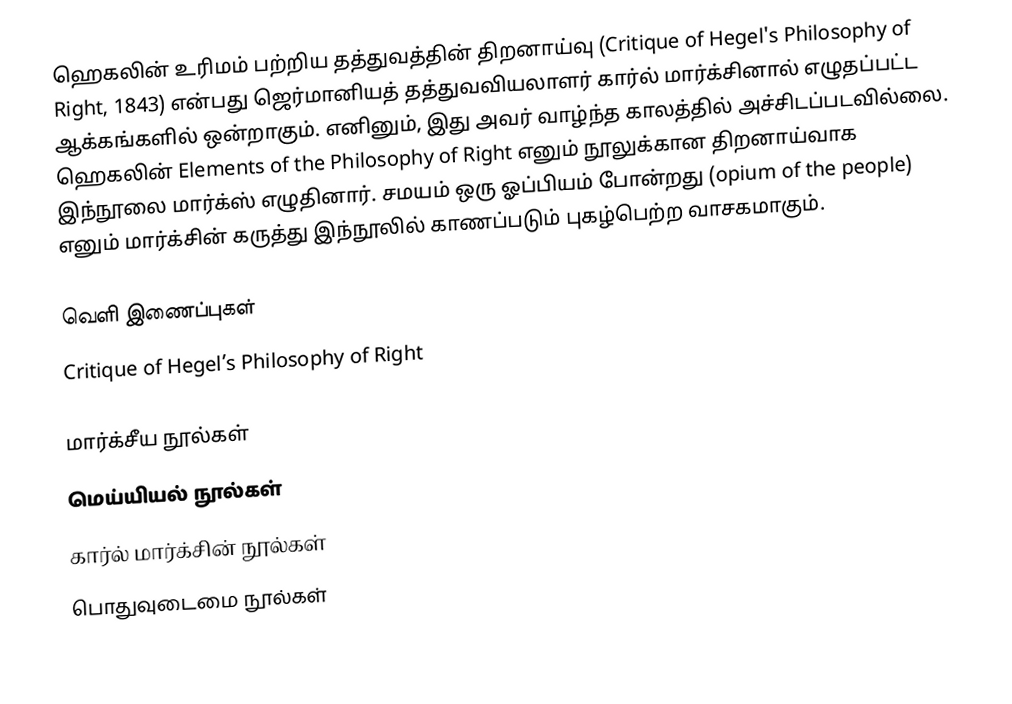
ஹெகலின் உரிமம் பற்றிய தத்துவத்தின் திறனாய்வு (Critique of Hegel's Philosophy of Right, 1843) என்பது ஜெர்மானியத்  தத்துவவியலாளர் கார்ல் மார்க்சினால் எழுதப்பட்ட ஆக்கங்களில் ஒன்றாகும். எனினும், இது அவர் வாழ்ந்த காலத்தில் அச்சிடப்படவில்லை. ஹெகலின் Elements of the Philosophy of Right  எனும் நூலுக்கான திறனாய்வாக இந்நூலை மார்க்ஸ் எழுதினார். சமயம் ஒரு ஓப்பியம் போன்றது (opium of the people) எனும் மார்க்சின் கருத்து இந்நூலில் காணப்படும் புகழ்பெற்ற வாசகமாகும்.

வெளி இணைப்புகள்
Critique of Hegel’s Philosophy of Right

மார்க்சீய நூல்கள்
மெய்யியல் நூல்கள்
கார்ல் மார்க்சின் நூல்கள்
பொதுவுடைமை நூல்கள்